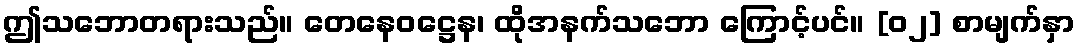
ဤသဘောတရားသည်။ တေနေဝဋ္ဌေန၊ ထိုအနက်သဘော ကြောင့်ပင်။ [၀၂] စာမျက်နှာ